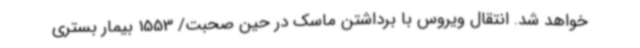
خواهد شد. انتقال ویروس با برداشتن ماسک در حین صحبت/ 1553 بیمار بستری